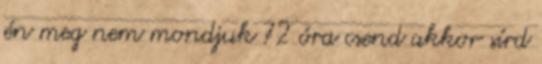
én meg nem mondjuk 72 óra csend akkor sírd